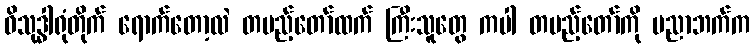
ဝိသုဒ္ဓါရုံတိုက် ရောက်တော့လဲ တပည့်တော်ထက် ကြီးသူတွေ ကပါ တပည့်တော်ကို ပညာဘက်က